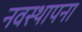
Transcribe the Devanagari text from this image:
नवस्थापना